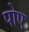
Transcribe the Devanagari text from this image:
पोए